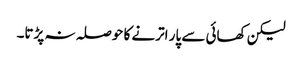
لیکن کھائی سے پار اترنے کا حوصلہ نہ پڑتا۔